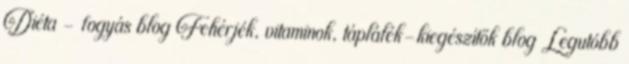
Diéta - fogyás blog Fehérjék, vitaminok, táplálék-kiegészítők blog Legutóbb